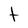
Character: t